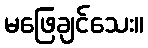
မဖြေချင်သေး။